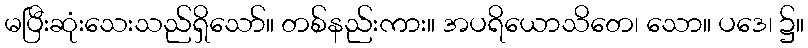
မပြီးဆုံးသေးသည်ရှိသော်။ တစ်နည်းကား။ အပရိယောသိတေ၊ သော။ ပဒေ၊ ၌။